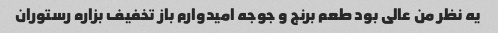
یه نظر من عالی بود طعم برنج و جوجه امیدوارم باز تخفیف بزاره رستوران